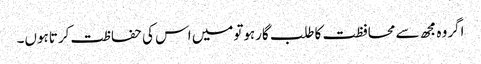
اگروہ مجھ سے محافظت کاطلب گارہوتومیں اس کی حفاظت کرتاہوں۔